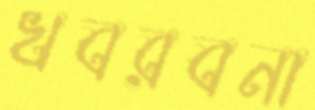
খবরবনা